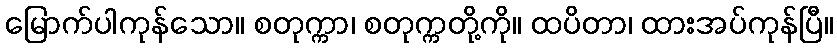
မြောက်ပါကုန်သော။ စတုက္ကာ၊ စတုက္ကတို့ကို။ ထပိတာ၊ ထားအပ်ကုန်ပြီ။